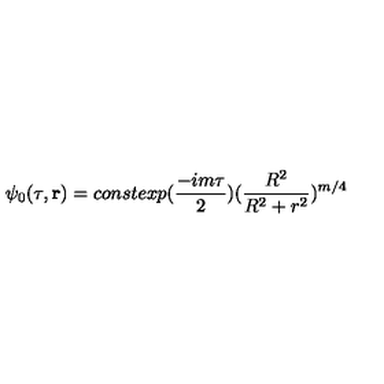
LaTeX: \psi _ { 0 } ( \tau , { \bf r } ) = c o n s t e x p ( \frac { - i m \tau } { 2 } ) ( \frac { R ^ { 2 } } { R ^ { 2 } + r ^ { 2 } } ) ^ { m / 4 }